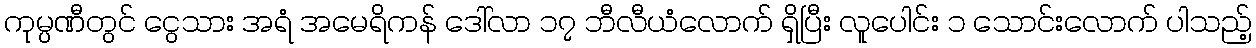
ကုမ္ပဏီတွင် ငွေသား အရံ အမေရိကန် ဒေါ်လာ ၁၇ ဘီလီယံလောက် ရှိပြီး လူပေါင်း ၁ သောင်းလောက် ပါသည့်